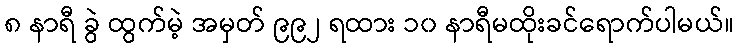
၈ နာရီ ခွဲ ထွက်မဲ့ အမှတ် ၉၉၂ ရထား ၁၀ နာရီမထိုးခင်ရောက်ပါမယ်။